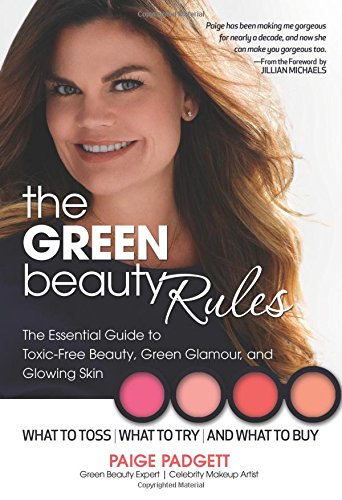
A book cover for The Green Beauty Rules: The Essential Guide to Toxic-Free Beauty, Green Glamour, and Glowing Skin; Paige Padgett; Health, Fitness & Dieting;